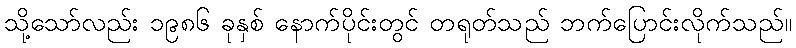
သို့သော်လည်း ၁၉၈၆ ခုနှစ် နောက်ပိုင်းတွင် တရုတ်သည် ဘက်ပြောင်းလိုက်သည်။